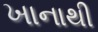
ખાનાથી